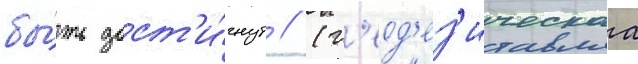
бы́ть дост'и́гнут // (г'еод'ез'ическаа